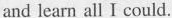
and learn all I could.